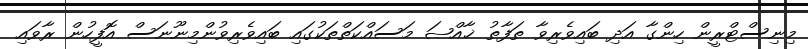
މިނިސްޓްރީން ހިންގާ އަދި ބައިވެރިވާ ތަފާތު ޚާއްޞަ މަސައްކަތްތަކުގައި ބައިވެރިވުންމިނޫނަސް އޮފީހުން ރާވައި